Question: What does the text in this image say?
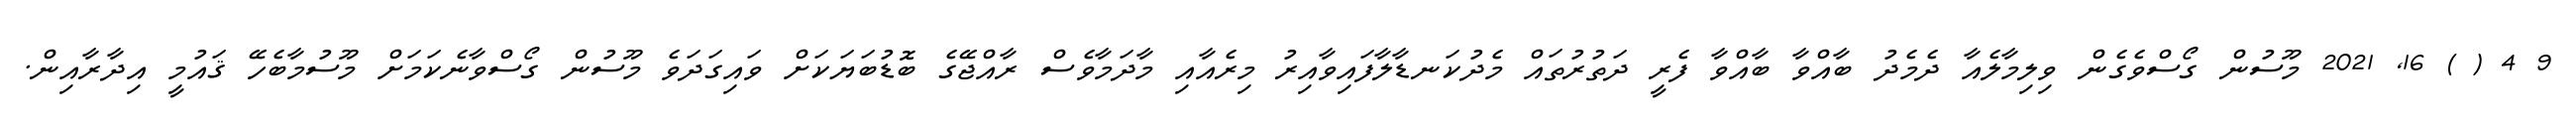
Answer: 9 4 ( ) 16, 2021 މޫސުން ގޯސްވެގެން ވިލިމާލެއާ ދެމެދު ބާއްވާ ބާއްވާ ފެރީ ދަތުރުތައް މެދުކަނޑާލާފައިވާއިރު މިރެއާއި މާދަމާވެސް ރާއްޖޭގެ ބޮޑުބަޔަކަށް ވައިގަދަވެ މޫސުން ގޯސްވާނެކަމަށް މޫސުމާބެހޭ ޤައުމީ އިދާރާއިން.